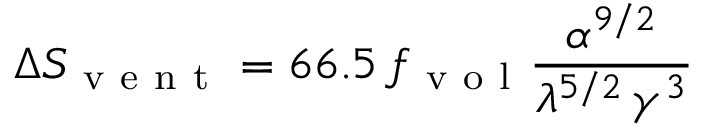
\Delta S _ { \mathrm { ~ v ~ e ~ n ~ t ~ } } = 6 6 . 5 \, f _ { \mathrm { ~ v ~ o ~ l ~ } } \frac { \alpha ^ { 9 / 2 } } { \lambda ^ { 5 / 2 } \, \gamma ^ { 3 } }